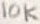
Text: 10K